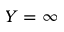
Y = \infty